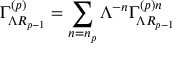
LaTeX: \Gamma _ { \Lambda R _ { p - 1 } } ^ { \left( p \right) } = \sum _ { n = n _ { p } } \Lambda ^ { - n } \Gamma _ { \Lambda R _ { p - 1 } } ^ { \left( p \right) n }